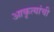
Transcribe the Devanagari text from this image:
आकृत्यांची